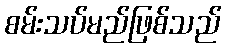
စမ်းသပ်မည်ဖြစ်သည်